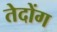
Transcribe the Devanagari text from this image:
तेदोंग